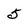
Character: 5